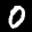
Label: 0